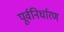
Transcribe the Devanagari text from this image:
पूर्वनिर्धारण